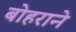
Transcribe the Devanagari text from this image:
बोहराने